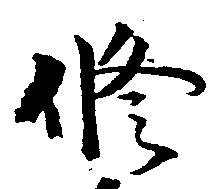
修